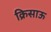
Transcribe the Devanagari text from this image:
क्रिसाऊ